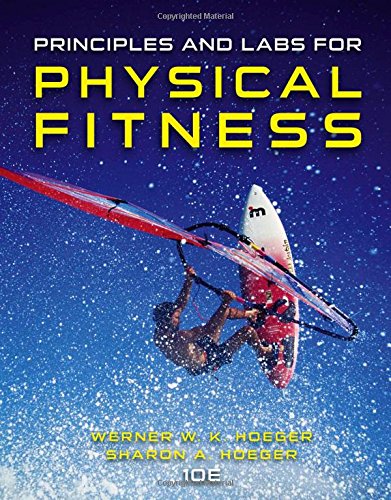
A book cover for Principles and Labs for Physical Fitness (Newest Edition); Wener W.K. Hoeger; Medical Books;